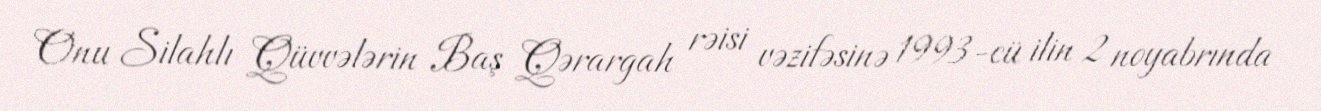
Onu Silahlı Qüvvələrin Baş Qərargah rəisi vəzifəsinə 1993-cü ilin 2 noyabrında